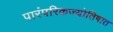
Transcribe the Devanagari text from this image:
पारंपरिकज्योतिषात